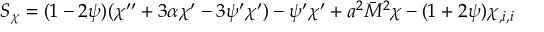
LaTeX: S _ { \chi } = ( 1 - 2 \psi ) ( \chi ^ { \prime \prime } + 3 \alpha \chi ^ { \prime } - 3 \psi ^ { \prime } \chi ^ { \prime } ) - \psi ^ { \prime } \chi ^ { \prime } + a ^ { 2 } \bar { M } ^ { 2 } \chi - ( 1 + 2 \psi ) \chi _ { , i , i }